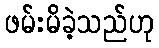
ဖမ်းမိခဲ့သည်ဟု